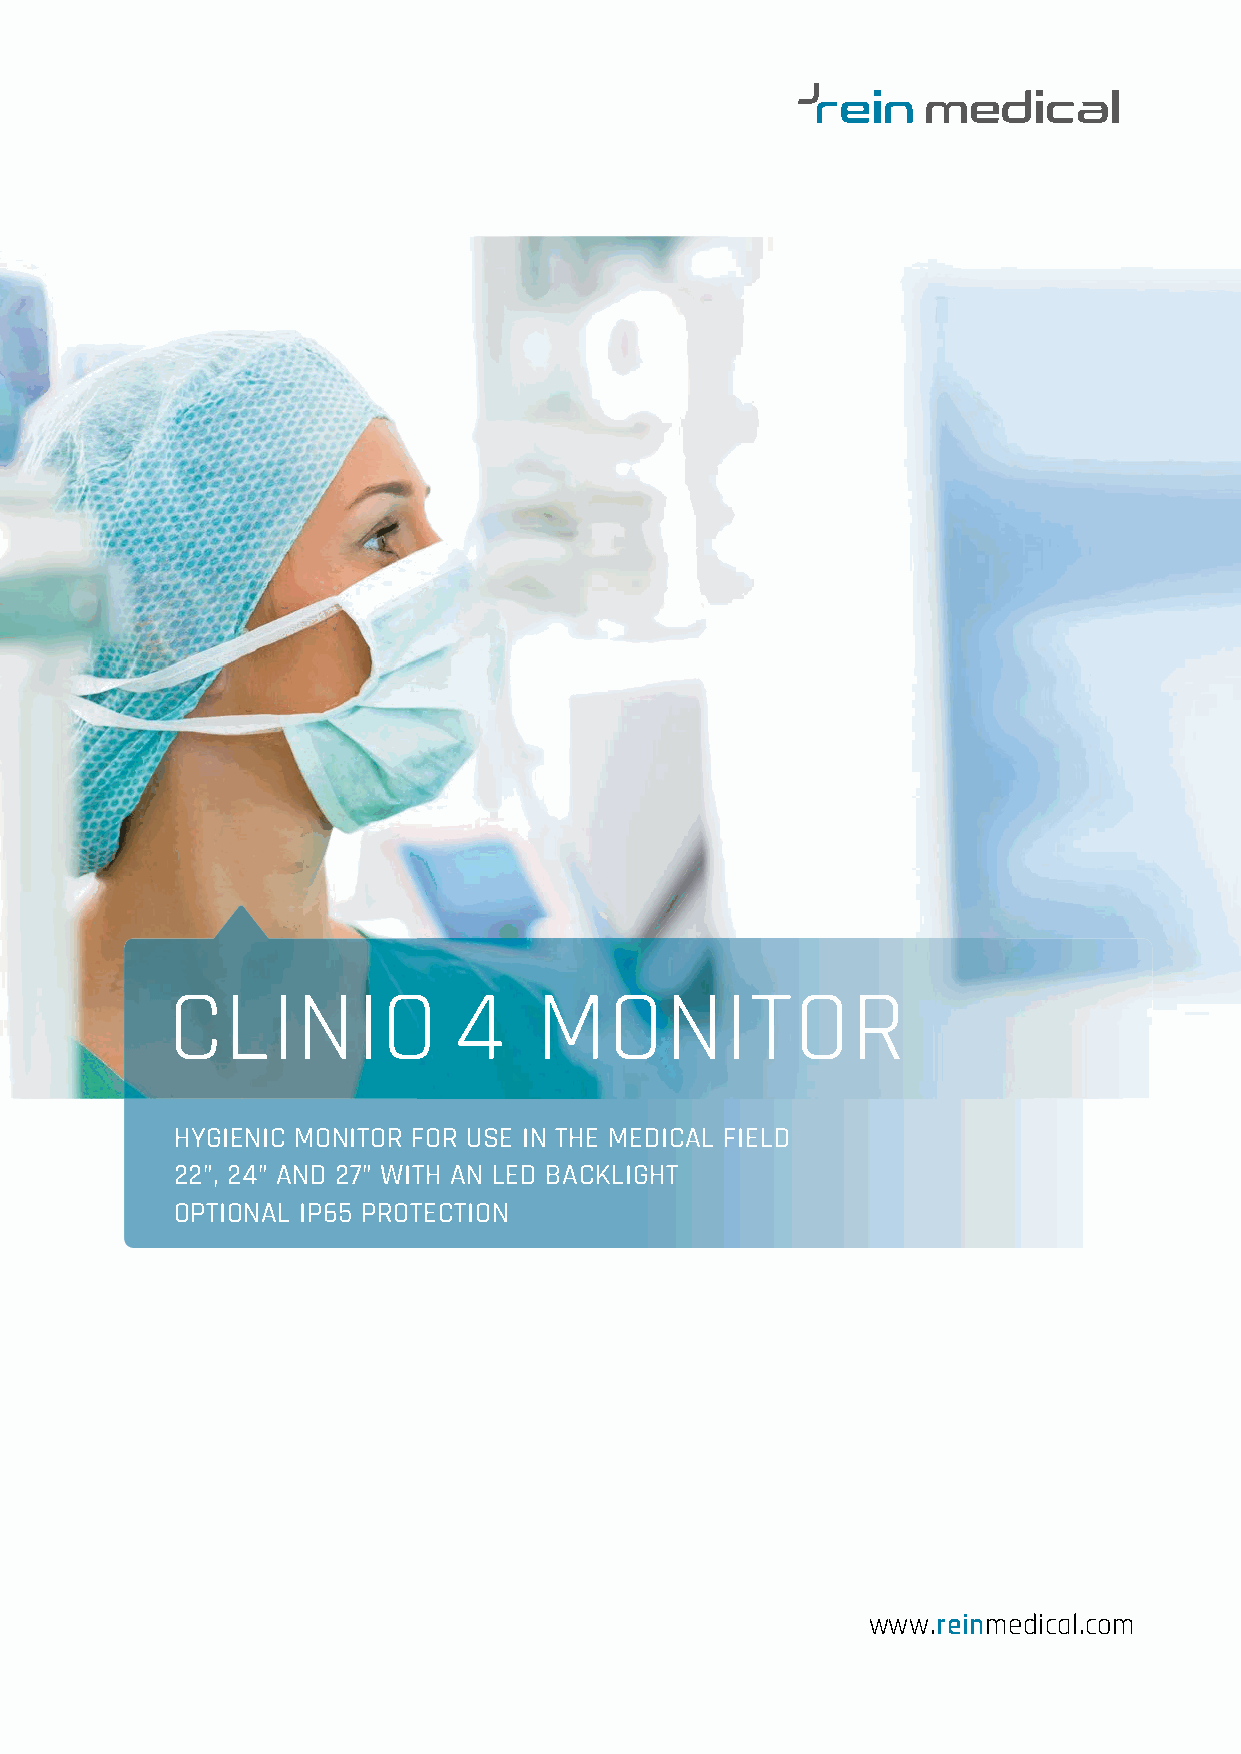
CLINIO             4    MONITOR
 HYGIENIC MONITOR FOR USE IN THE MEDICAL FIELD
 22”, 24” AND 27” WITH AN LED BACKLIGHT
 OPTIONAL IP65 PROTECTION
 www.reinmedical.com